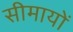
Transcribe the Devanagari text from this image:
सीमायों